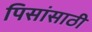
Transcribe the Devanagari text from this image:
पिसांसाठी